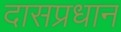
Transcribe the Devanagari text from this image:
दासप्रधान